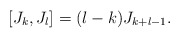
\begin{align*}[J_{k},J_{l}]=(l-k)J_{k+l-1} . \end{align*}